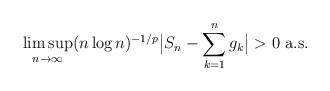
LaTeX: \begin{align*}\limsup_{n \rightarrow \infty} (n \log n)^{-1/p} \big | S_n - \sum_{k=1}^n g_k \big | >0 \mbox{ a.s.}\end{align*}